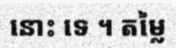
នោះ ទេ ។ តម្លៃ